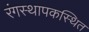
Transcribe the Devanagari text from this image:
रंगस्थापकस्थित